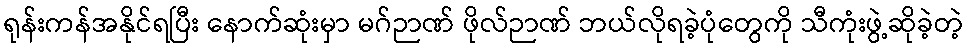
ရုန်းကန်အနိုင်ရပြီး နောက်ဆုံးမှာ မဂ်ဉာဏ် ဖိုလ်ဉာဏ် ဘယ်လိုရခဲ့ပုံတွေကို သီကုံးဖွဲ့ဆိုခဲ့တဲ့